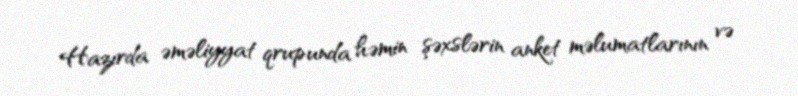
Hazırda əməliyyat qrupunda həmin şəxslərin anket məlumatlarının və